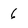
Character: 6